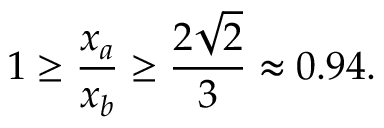
1 \geq { \frac { x _ { a } } { x _ { b } } } \geq { \frac { 2 { \sqrt { 2 } } } { 3 } } \approx 0 . 9 4 .